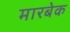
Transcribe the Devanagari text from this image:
मारबेक